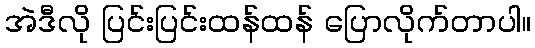
အဲဒီလို ပြင်းပြင်းထန်ထန် ပြောလိုက်တာပါ။